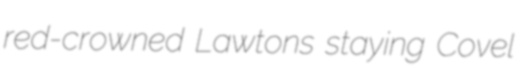
red-crowned Lawtons staying Covel